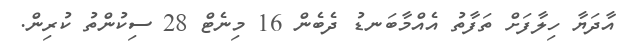
އާދަޔާ ހިލާފަށް ތަފާތު އެއްމާބަނޑު ދެބެން 16 މިނެޓް 28 ސިކުންތު ކުރިން.